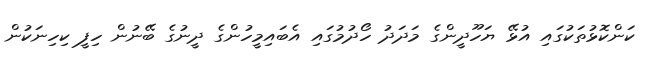
ކަންކޮޅުތަކުގައި އުޅޭ ޔަހޫދީންގެ މަދަދު ހޯދުމުގައި އެބައިމީހުންގެ ދީނުގެ ބޭނުން ހިފީ ކިހިނަކުން